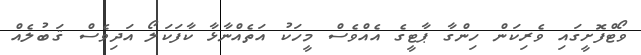
ވޯޓްފޮށީގައި ވެރިކަން ހިންގާ ޕާޓީގެ އެއްވެސް މީހަކު އަތެއްނާޅާ ކާފަކަލޯ އަދިވެސް ޤަބުލެއް